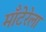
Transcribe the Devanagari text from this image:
माँटेरेला